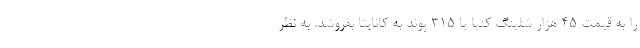
را به قیمت 45 هزار شلینگ کنیا یا 315 پوند به کانایتا بفروشد. به نظر